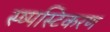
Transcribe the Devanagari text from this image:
स्ष्पस्टिकरण